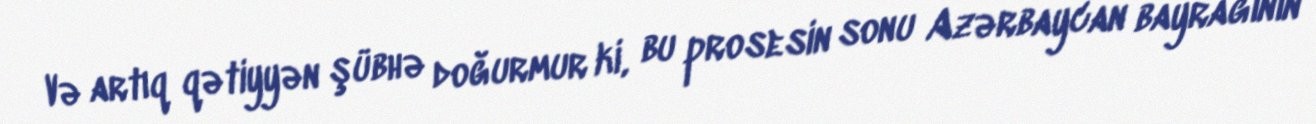
Və artıq qətiyyən şübhə doğurmur ki, bu prosesin sonu Azərbaycan bayrağının